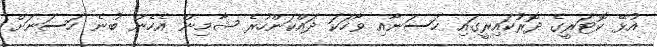
އުޅޭ ކޮޓަރީގެ ދޮރުކައިރީގައި ހަސަނާއި ވާހަކަ ދައްކަންހުރެ ޝާމިން އެހެން ބުނެ ހަސަނަށް